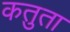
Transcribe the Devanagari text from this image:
कतुता